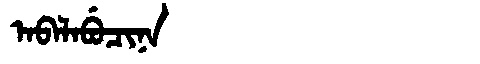
Manchu: ᠠᠪᠠᠯᠠᠪᡠᠴᡳᠨᠠ
Romanization: ABALABUCINA